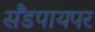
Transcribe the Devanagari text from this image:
सैंडपायपर